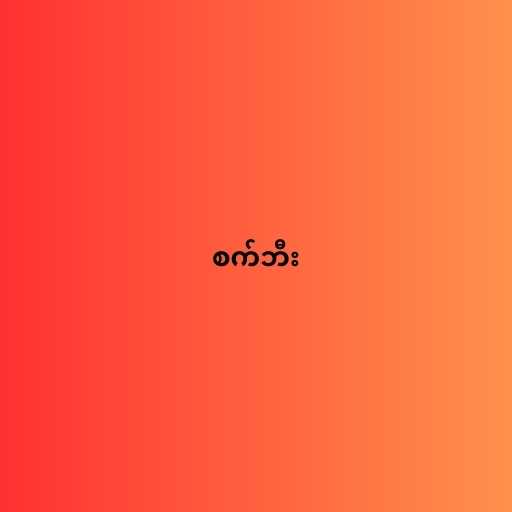
စက်ဘီး